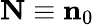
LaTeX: \mathbf{N}\equiv\mathbf{n}_{0}